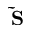
\bf \Tilde { S }